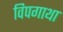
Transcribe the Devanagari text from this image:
विपगाथा